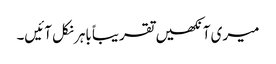
میری آنکھیں تقریباً باہر نکل آئیں۔